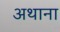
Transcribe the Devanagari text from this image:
अथाना